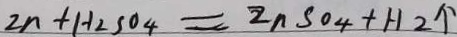
2 n + H _ { 2 } S O _ { 4 } = 2 n S O _ { 4 } + H _ { 2 } \uparrow